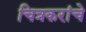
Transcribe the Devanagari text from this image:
चित्रकरांचे